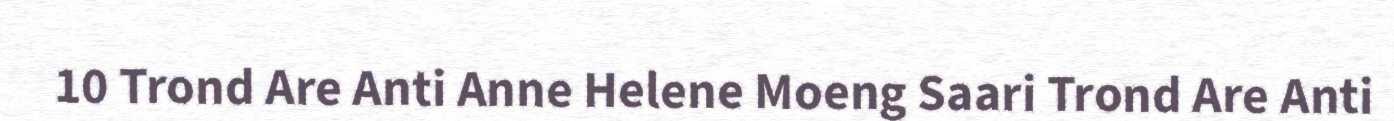
10 Trond Are Anti Anne Helene Moeng Saari Trond Are Anti